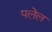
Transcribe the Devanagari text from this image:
पलेल